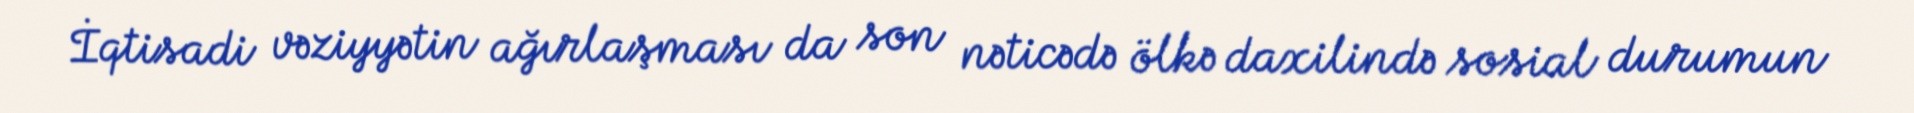
İqtisadi vəziyyətin ağırlaşması da son nəticədə ölkə daxilində sosial durumun